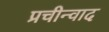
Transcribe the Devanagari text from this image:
प्रचीन्वाद